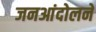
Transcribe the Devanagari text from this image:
जनआंदोलने